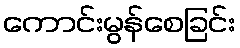
ကောင်းမွန်စေခြင်း